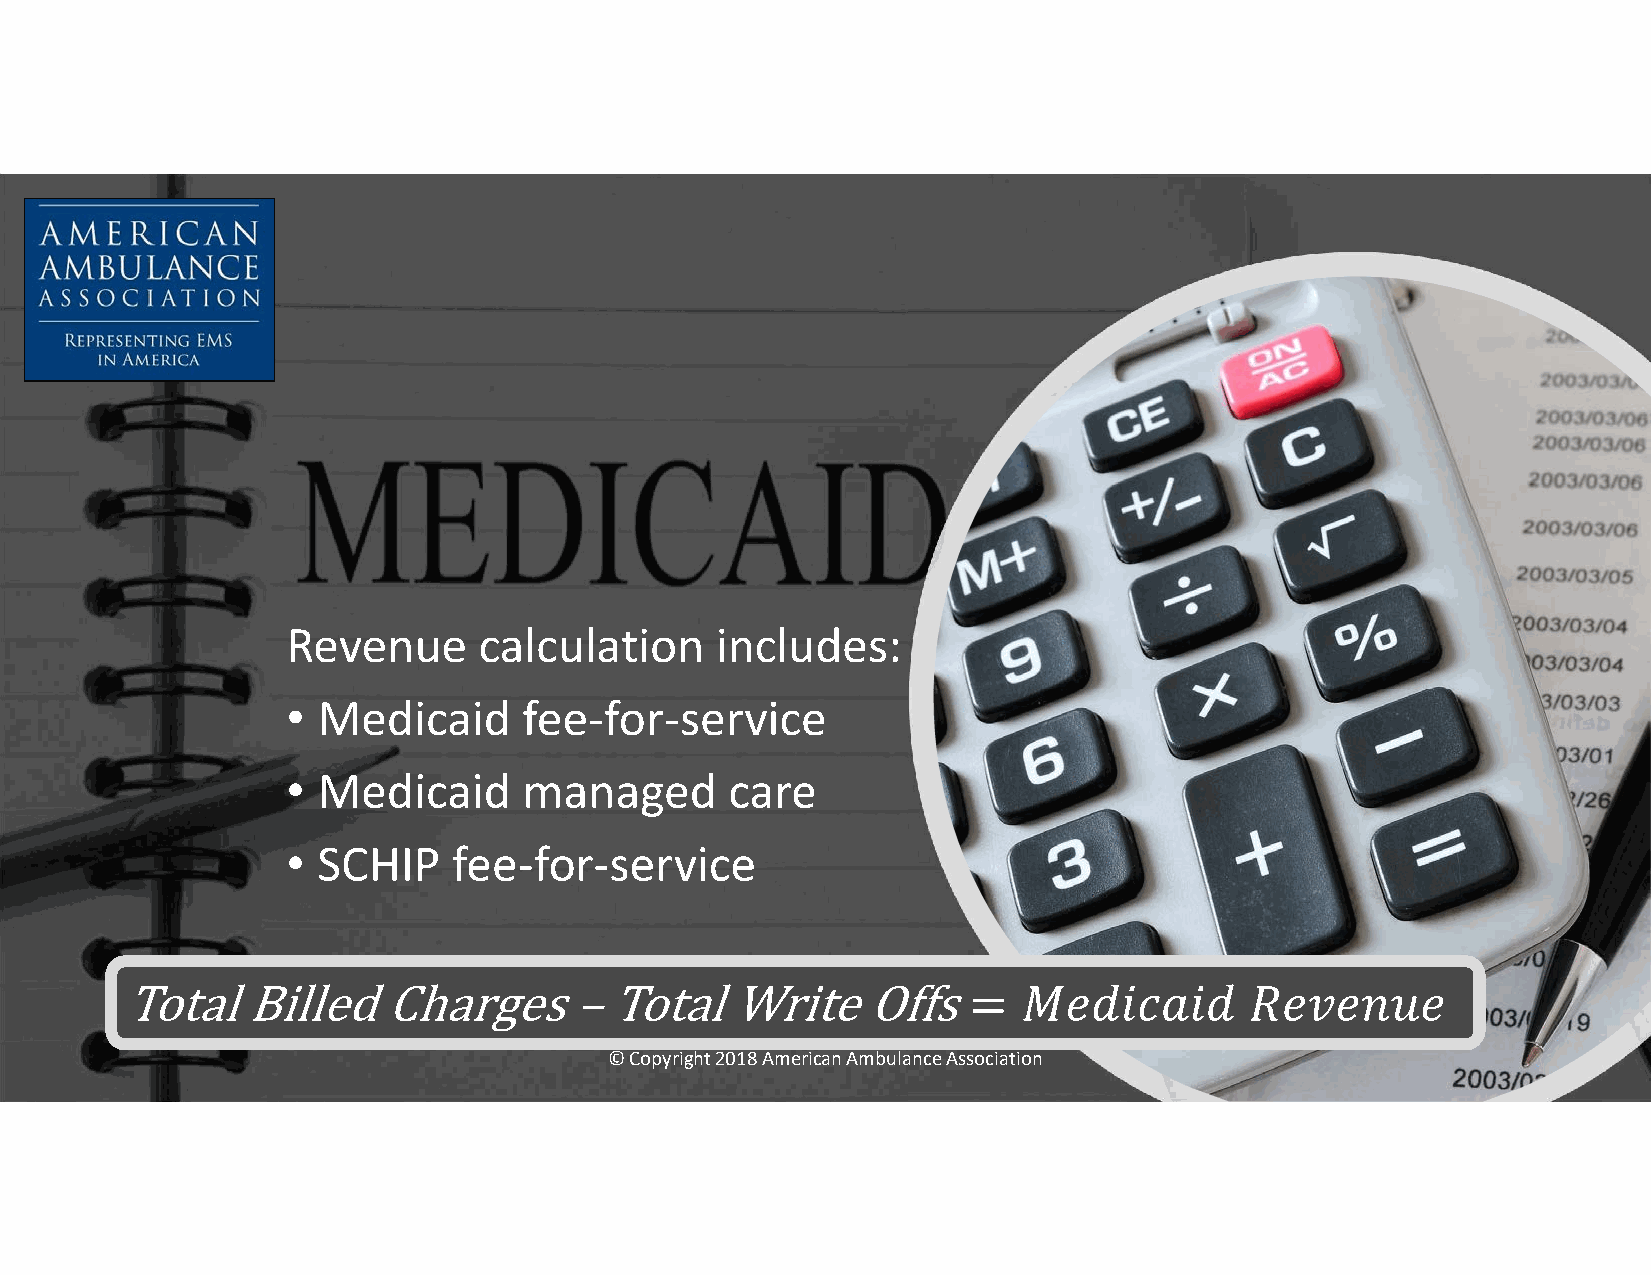
Revenue      calculation    includes:
 • Medicaid      fee-for-service
 • Medicaid      managed      care
 • SCHIP    fee-for-service
 © Copyright 2018 American Ambulance Association